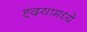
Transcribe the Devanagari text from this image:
ह्र्दयामध्ये